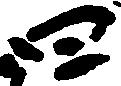
四